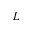
L